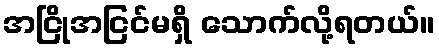
အငြိုအငြင်မရှိ သောက်လို့ရတယ်။